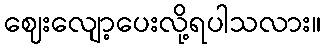
ဈေးလျော့ပေးလို့ရပါသလား။